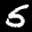
Label: 5